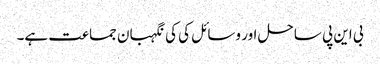
بی این پی ساحل اور وسائل کی کی نگہبان جماعت ہے۔